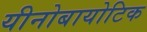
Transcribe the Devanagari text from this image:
यीनोबायोटिक